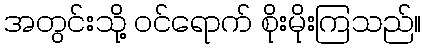
အတွင်းသို့ ဝင်ရောက် စိုးမိုးကြသည်။